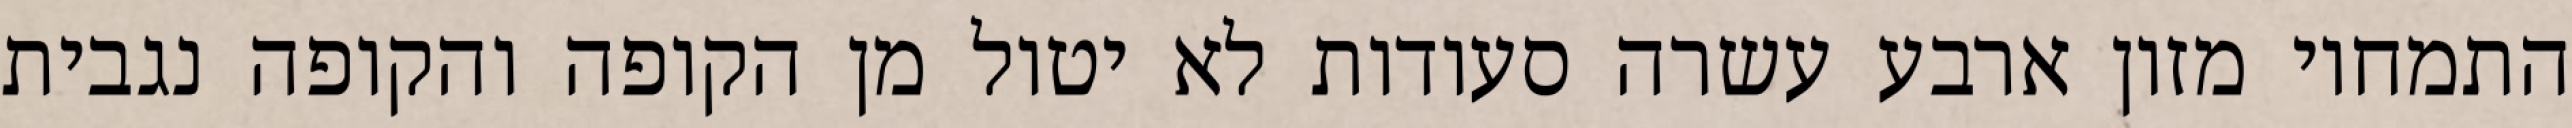
התמחוי מזון ארבע עשרה סעודות לא יטול מן הקופה והקופה נגבית